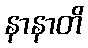
နာနာတိ